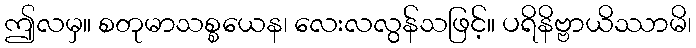
ဤလမှ။ စတုမာသစ္စယေန၊ လေးလလွန်သဖြင့်။ ပရိနိဗ္ဗာယိဿာမိ၊